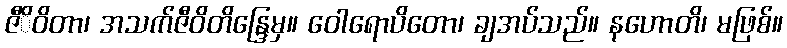
ဇီိဝိတာ၊ အသက်ဇီဝိတိန္ဒြေမှ။ ဝေါရောပိတော၊ ချအပ်သည်။ နဟောတိ၊ မဖြစ်။